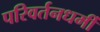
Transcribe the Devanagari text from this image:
परिवर्तनधर्मी